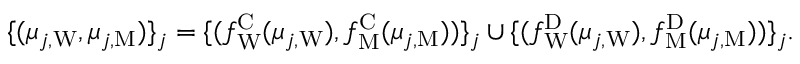
\begin{array} { r } { \{ ( \mu _ { j , \mathrm { W } } , \mu _ { j , \mathrm { M } } ) \} _ { j } = \{ ( f _ { \mathrm { W } } ^ { \mathrm { C } } ( \mu _ { j , \mathrm { W } } ) , f _ { \mathrm { M } } ^ { \mathrm { C } } ( \mu _ { j , \mathrm { M } } ) ) \} _ { j } \cup \{ ( f _ { \mathrm { W } } ^ { \mathrm { D } } ( \mu _ { j , \mathrm { W } } ) , f _ { \mathrm { M } } ^ { \mathrm { D } } ( \mu _ { j , \mathrm { M } } ) ) \} _ { j } . } \end{array}